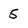
Character: 5